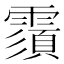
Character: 𩅺